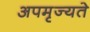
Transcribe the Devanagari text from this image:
अपमृज्यते